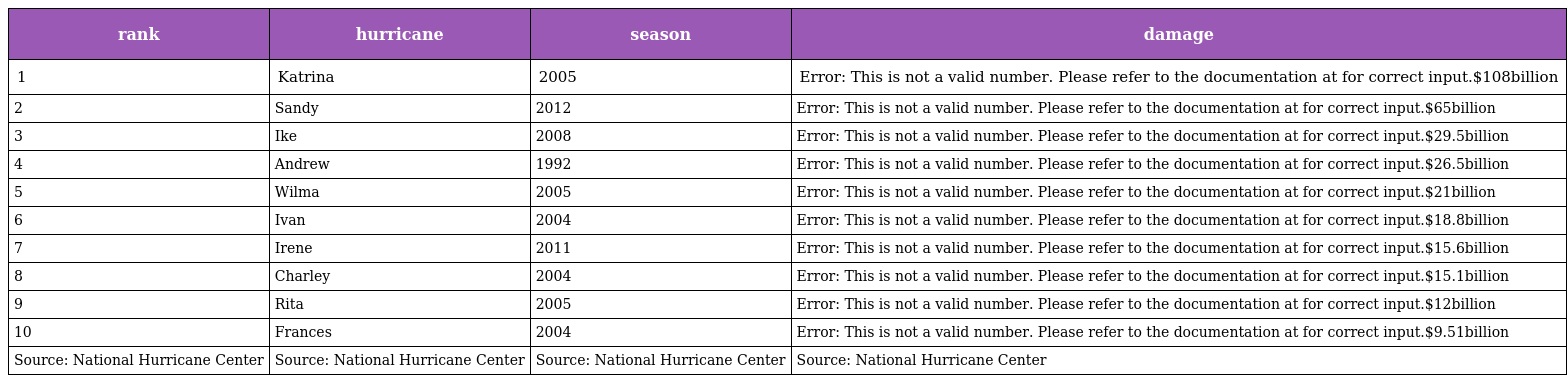
| rank | hurricane | season | damage |
 | --- | --- | --- | --- |
 | 1 | Katrina | 2005 | Error: This is not a valid number. Please refer to the documentation at for correct input.$108billion |
 | 2 | Sandy | 2012 | Error: This is not a valid number. Please refer to the documentation at for correct input.$65billion |
 | 3 | Ike | 2008 | Error: This is not a valid number. Please refer to the documentation at for correct input.$29.5billion |
 | 4 | Andrew | 1992 | Error: This is not a valid number. Please refer to the documentation at for correct input.$26.5billion |
 | 5 | Wilma | 2005 | Error: This is not a valid number. Please refer to the documentation at for correct input.$21billion |
 | 6 | Ivan | 2004 | Error: This is not a valid number. Please refer to the documentation at for correct input.$18.8billion |
 | 7 | Irene | 2011 | Error: This is not a valid number. Please refer to the documentation at for correct input.$15.6billion |
 | 8 | Charley | 2004 | Error: This is not a valid number. Please refer to the documentation at for correct input.$15.1billion |
 | 9 | Rita | 2005 | Error: This is not a valid number. Please refer to the documentation at for correct input.$12billion |
 | 10 | Frances | 2004 | Error: This is not a valid number. Please refer to the documentation at for correct input.$9.51billion |
 | Source: National Hurricane Center | Source: National Hurricane Center | Source: National Hurricane Center | Source: National Hurricane Center |